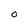
Character: 0